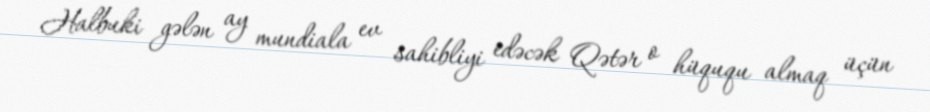
Halbuki gələn ay mundiala ev sahibliyi edəcək Qətər o hüququ almaq üçün